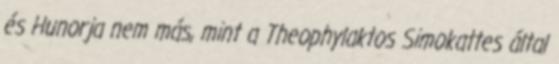
és Hunorja nem más, mint a Theophylaktos Simokattes által